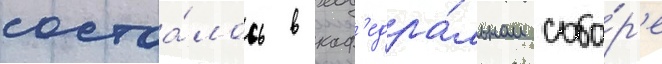
состоа́лось в каф'едра́льном собо́р'е